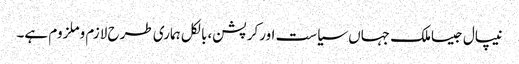
نیپال جیساملک جہاں سیاست اورکرپشن،بالکل ہماری طرح لازم وملزوم ہے۔